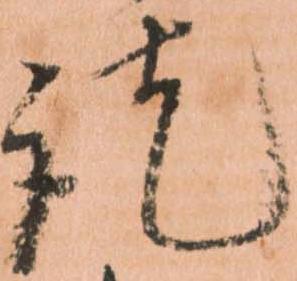
訖